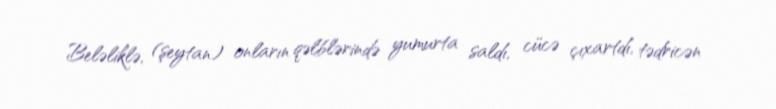
Beləliklə, (şeytan) onların qəlblərində yumurta saldı, cücə çıxartdı, tədricən